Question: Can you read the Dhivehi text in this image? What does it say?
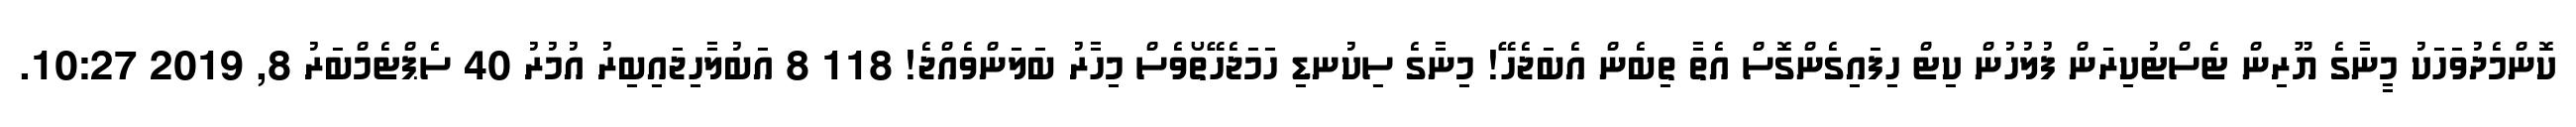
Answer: ކޮންމެދުވަހަކު މީނާގެ ޔޫރިން ޓެސްޓުކިރަން ފުލުހުން ކިޓް ހިފައިގެންގޮސް އެތާ ތިބެން އެބަޖެހޭ! މިނާގެ ސިކުނޑި ހަމަޖެހޭތޯވެސް މިހާރު ބަލަންވެއްޖެ! 118 8 އަބުލާހިޖައިބިރު އުމުރު 40 ސެޕްޓެމްބަރު 8, 2019 10:27.